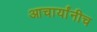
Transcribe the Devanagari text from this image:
आचार्यांनीच